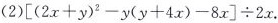
(2)$$[\left[(2x+y)^{2}-y(y+4x)-8x \right] \div 2x$$.